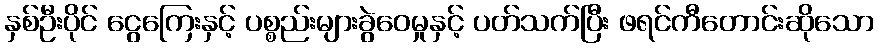
နှစ်ဦးပိုင် ငွေကြေးနှင့် ပစ္စည်းများခွဲဝေမှုနှင့် ပတ်သက်ပြီး ဖရင်ကီတောင်းဆိုသော